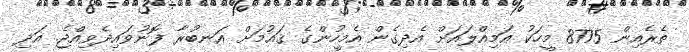
ތެރެއިން 8775 މީހަކު އަމިއްލައަށް އެދިގެން އެމީހުންގެ ޤައުމަށް އަނބުރާ ފޮނުވައިދެވިއްޖެ. އަދި